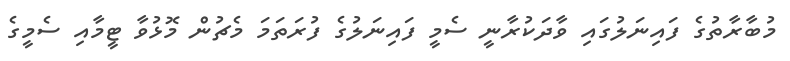
މުބާރާތުގެ ފައިނަލުގައި ވާދަކުރާނީ ސެމީ ފައިނަލުގެ ފުރަތަމަ މެޗުން މޮޅުވާ ޓީމާއި ސެމީގެ